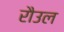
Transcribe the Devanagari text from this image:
रौउल